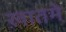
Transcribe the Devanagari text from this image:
ख़ातमे